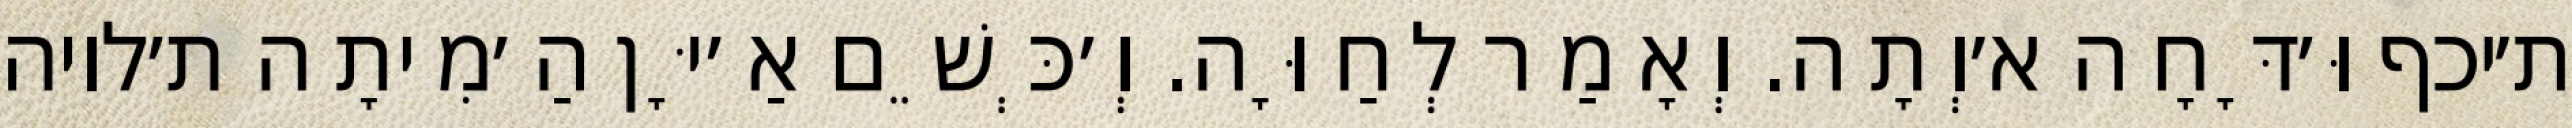
ת׳יכף וּ׳דָּחָה א׳וְתָה. וְאָמַר לְחַוָּה. וְ׳כְּשֵׁם אַ׳יָּן הַ׳מִיתָה ת׳לויה